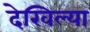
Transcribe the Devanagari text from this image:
देखिल्या